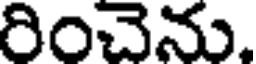
రించెను.